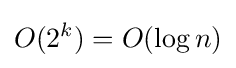
O(2^{k})=O(\log n)